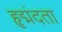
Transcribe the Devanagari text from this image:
हृद्मंदता